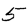
Digit: 5